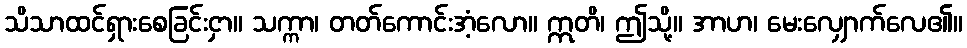
သိသာထင်ရှားစေခြင်းငှာ။ သက္ကာ၊ တတ်ကောင်းအံ့လော။ ဣတိ၊ ဤသို့။ အာဟ၊ မေးလျှောက်လေ၏။